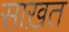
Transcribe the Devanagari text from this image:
साख़त